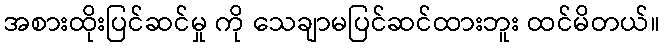
အစားထိုးပြင်ဆင်မှု ကို သေချာမပြင်ဆင်ထားဘူး ထင်မိတယ်။